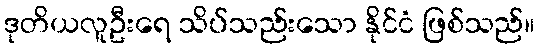
ဒုတိယလူဦးရေ သိပ်သည်းသော နိုင်ငံ ဖြစ်သည်။